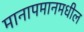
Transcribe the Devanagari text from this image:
मानापमानमधील